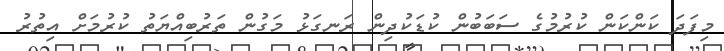
މިފަދަ ކަންކަން ކުރުމުގެ ސަބަބުން ކުޑަކުދިން ރަނގަޅު މަގުން ތަރުބިއްޔަތު ކުރުމަށް އިތުރު